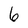
Character: 6